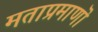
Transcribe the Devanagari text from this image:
मताप्रमाणाॆ